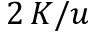
2 \, K / u